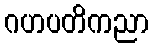
ဂဟပတိကညာ